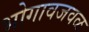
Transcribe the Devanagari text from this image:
भोगावजवळ